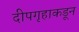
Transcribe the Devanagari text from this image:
दीपगृहाकडून